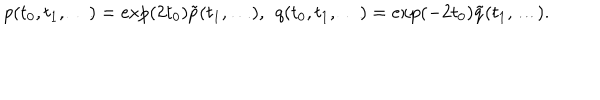
p ( t _ { 0 } , t _ { 1 } , \dots ) = \exp ( 2 t _ { 0 } ) \tilde { p } ( t _ { 1 } , \dots ) , \; \, q ( t _ { 0 } , t _ { 1 } , \dots ) = \exp ( - 2 t _ { 0 } ) \tilde { q } ( t _ { 1 } , \dots ) .